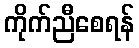
ကိုက်ညီစေရန်